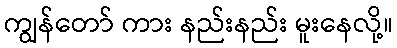
ကျွန်တော် ကား နည်းနည်း မူးနေလို့။